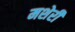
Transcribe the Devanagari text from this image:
मशेरी